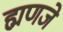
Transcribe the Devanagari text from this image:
ह्मणजे